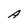
Character: A